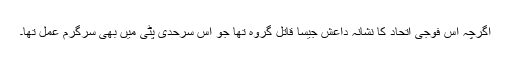
اگرچہ اس فوجی اتحاد کا نشانہ داعش جیسا قاتل گروہ تھا جو اس سرحدی پٹی میں بھی سرگرم عمل تھا۔